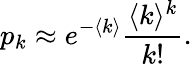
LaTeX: p_{k}\approx e^{-\langle k\rangle}\frac{\langle k\rangle^{k}}{k!}.